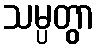
သမ္ပတွာ